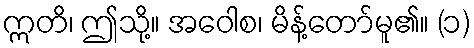
ဣတိ၊ ဤသို့။ အဝေါစ၊ မိန့်တော်မူ၏။ (၁)